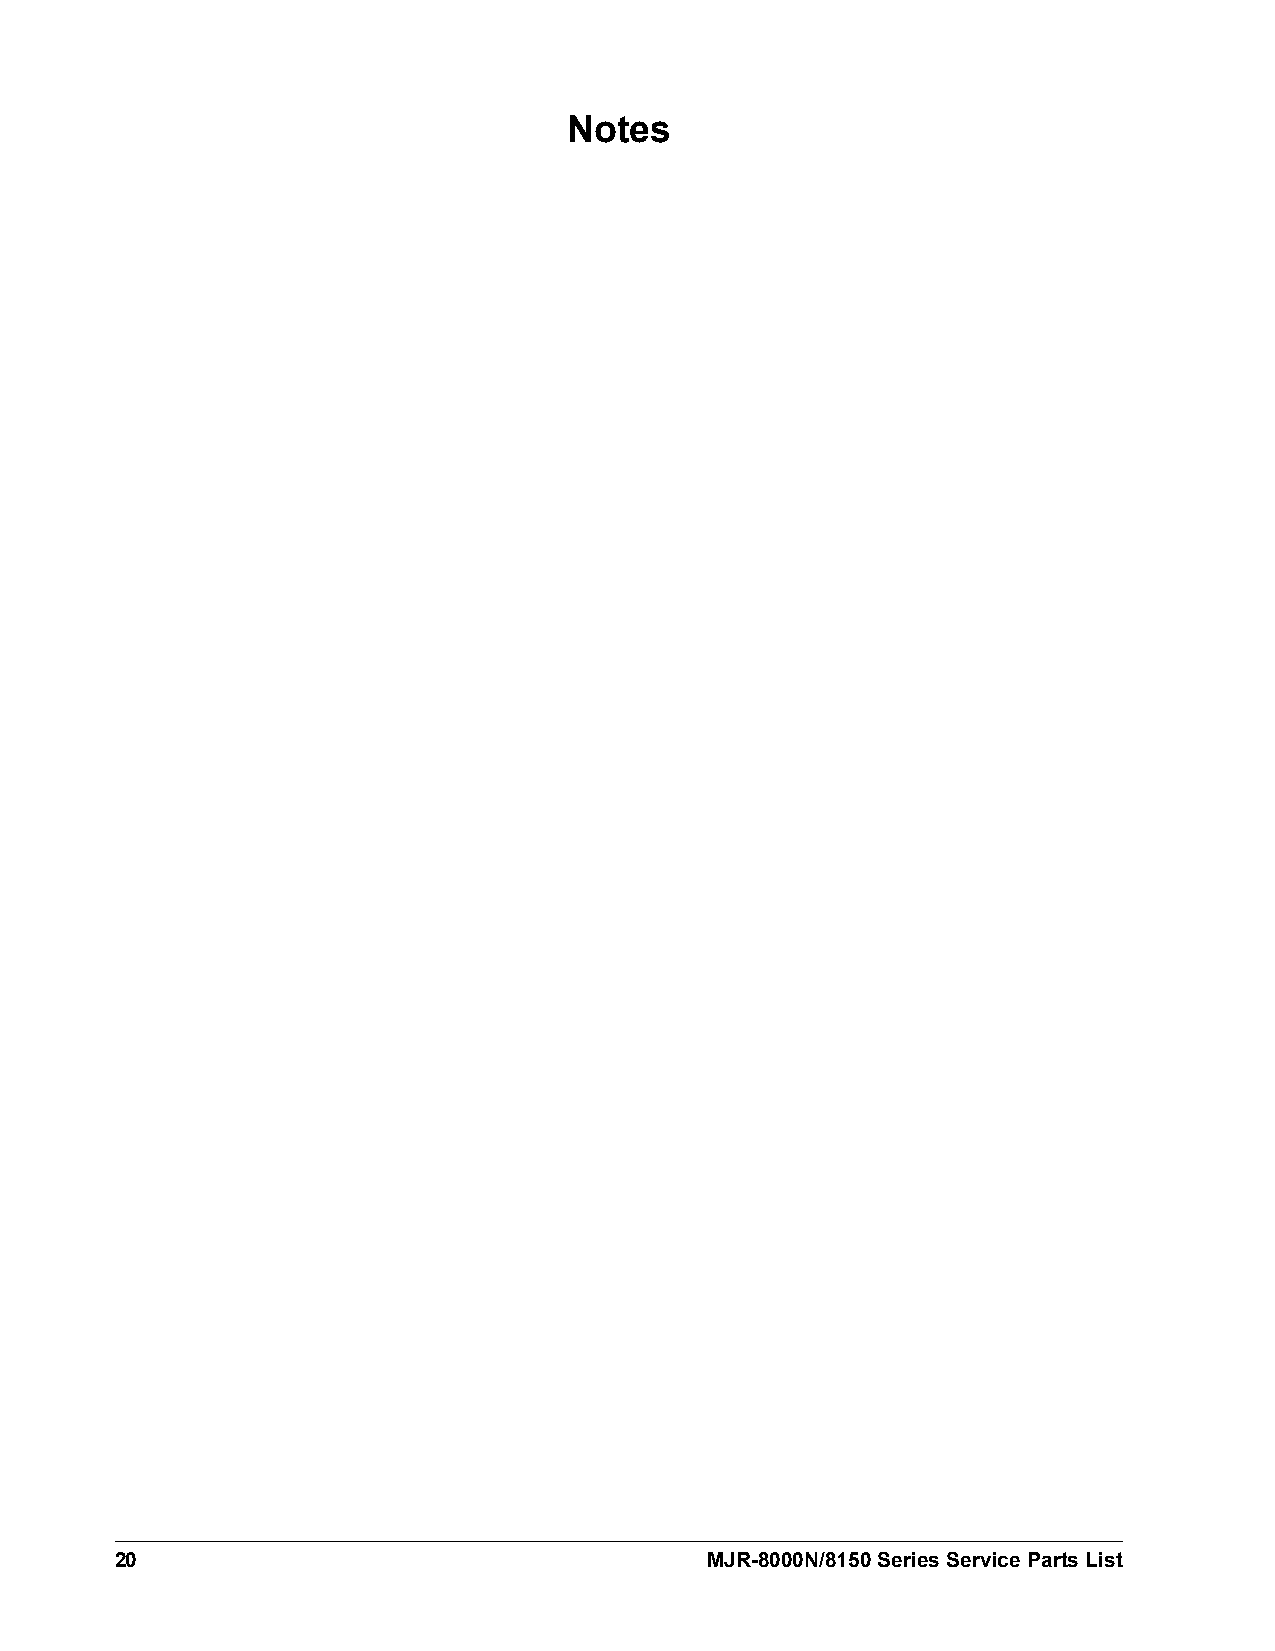
Notes
 20                                     MJR-8000N/8150 Series Service Parts List